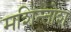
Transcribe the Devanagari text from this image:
मशिन्तोश